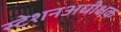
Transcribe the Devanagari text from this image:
स्टेशनअधीक्षक